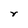
Character: r